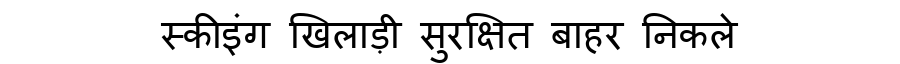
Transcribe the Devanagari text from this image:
स्कीइंग खिलाड़ी सुरक्षित बाहर निकले